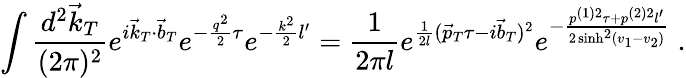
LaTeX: \int\frac{d^{2}\vec{k}_{T}}{(2\pi)^{2}}e^{i\vec{k}_{T}\cdot\vec{b}_{T}}e^{-\frac{q^{2}}2\tau}e^{-\frac{k^{2}}2l^{\prime}}=\frac 1{2\pi l}e^{\frac 1{2l}(\vec{p}_{T}\tau-i\vec{b}_{T})^{2}}e^{-\frac{p^{(1)2}\tau+p^{(2)2}l^{\prime}}{2\sinh^{2}(v_{1}-v_{2})}}\; .